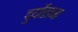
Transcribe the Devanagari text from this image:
दुर्योराजा